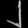
Digit: ၂